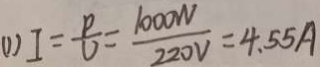
( 1 ) I = \frac { \rho } { V } = \frac { 1 0 0 0 W } { 2 2 0 V } = 4 . 5 5 A